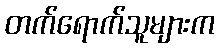
တက်ရောက်သူများက